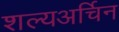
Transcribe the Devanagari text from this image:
शल्यअर्चिन